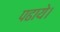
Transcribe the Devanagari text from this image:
पढाये।